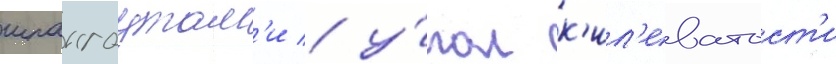
шпангоутам'и / у́гол к'ил'еватост'и